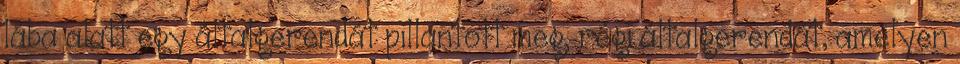
lába alatt egy általgerendát pillantott meg, régi általgerendát, amelyen